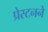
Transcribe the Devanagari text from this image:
प्रेस्टनने